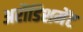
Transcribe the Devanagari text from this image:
अरौंडिशमेंट